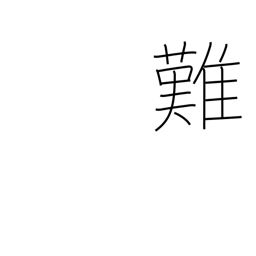
Meaning: difficult